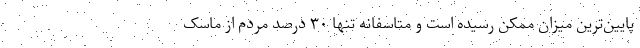
پایین‌ترین میزان ممکن رسیده است و متاسفانه تنها ۳۰ درصد مردم از ماسک